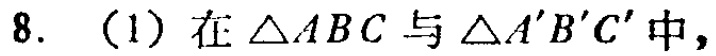
8. (1) 在\(\triangle ABC\)与\(\triangle A'B'C'\)中，